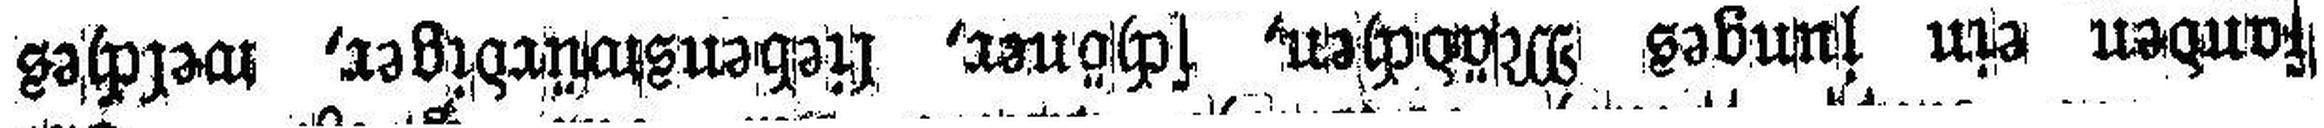
fanden ein junges Mädchen, schöner, liebenswürdiger, welches